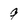
Character: 9